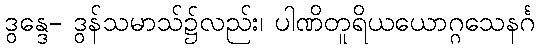
ဒွန္ဒေ- ဒွန်သမာသ်၌လည်း၊ ပါဏိတူရိယယောဂ္ဂသေနင်္ဂ